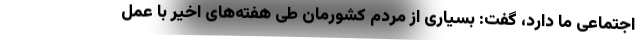
اجتماعی ما دارد، گفت: بسیاری از مردم کشورمان طی هفته‌های اخیر با عمل